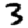
Digit: 3